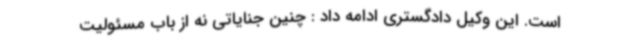
است. این وکیل دادگستری ادامه داد : چنین جنایاتی نه از باب مسئولیت